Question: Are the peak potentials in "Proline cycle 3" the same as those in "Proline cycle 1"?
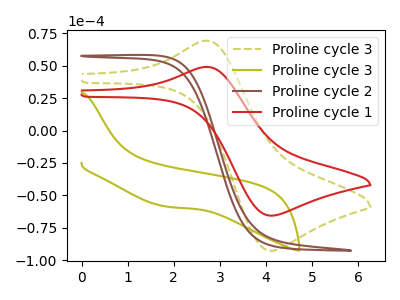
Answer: <think>The olive dashed curve "Proline cycle 3" has an anodic peak at (2.75V, 69.30uA) and a cathodic peak at (4.10V, -92.70uA). The olive curve "Proline cycle 3" has no peaks. The brown curve "Proline cycle 2" has no peaks. The red curve "Proline cycle 1" has an anodic peak at (2.75V, 49.10uA) and a cathodic peak at (4.10V, -65.65uA).</think>
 <answer>Yes, "Proline cycle 3" have a peak in "Proline cycle 1" at the same potential.</answer>
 <eval>match</eval>